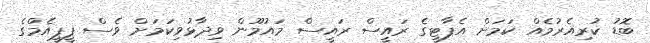
ބޮޑު ކުރިއެރުމެއް ކަމަށް އެޕާޓީގެ ރައީސް ރައީސް މައުމޫން ވިދާޅުވިކަމަށް ވެސް ޕީޕީއެމްގެ